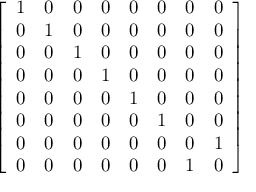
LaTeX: \left[ \begin{array} { l l l l l l l l } { 1 } & { 0 } & { 0 } & { 0 } & { 0 } & { 0 } & { 0 } & { 0 } \\ { 0 } & { 1 } & { 0 } & { 0 } & { 0 } & { 0 } & { 0 } & { 0 } \\ { 0 } & { 0 } & { 1 } & { 0 } & { 0 } & { 0 } & { 0 } & { 0 } \\ { 0 } & { 0 } & { 0 } & { 1 } & { 0 } & { 0 } & { 0 } & { 0 } \\ { 0 } & { 0 } & { 0 } & { 0 } & { 1 } & { 0 } & { 0 } & { 0 } \\ { 0 } & { 0 } & { 0 } & { 0 } & { 0 } & { 1 } & { 0 } & { 0 } \\ { 0 } & { 0 } & { 0 } & { 0 } & { 0 } & { 0 } & { 0 } & { 1 } \\ { 0 } & { 0 } & { 0 } & { 0 } & { 0 } & { 0 } & { 1 } & { 0 } \end{array} \right]